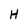
Character: H